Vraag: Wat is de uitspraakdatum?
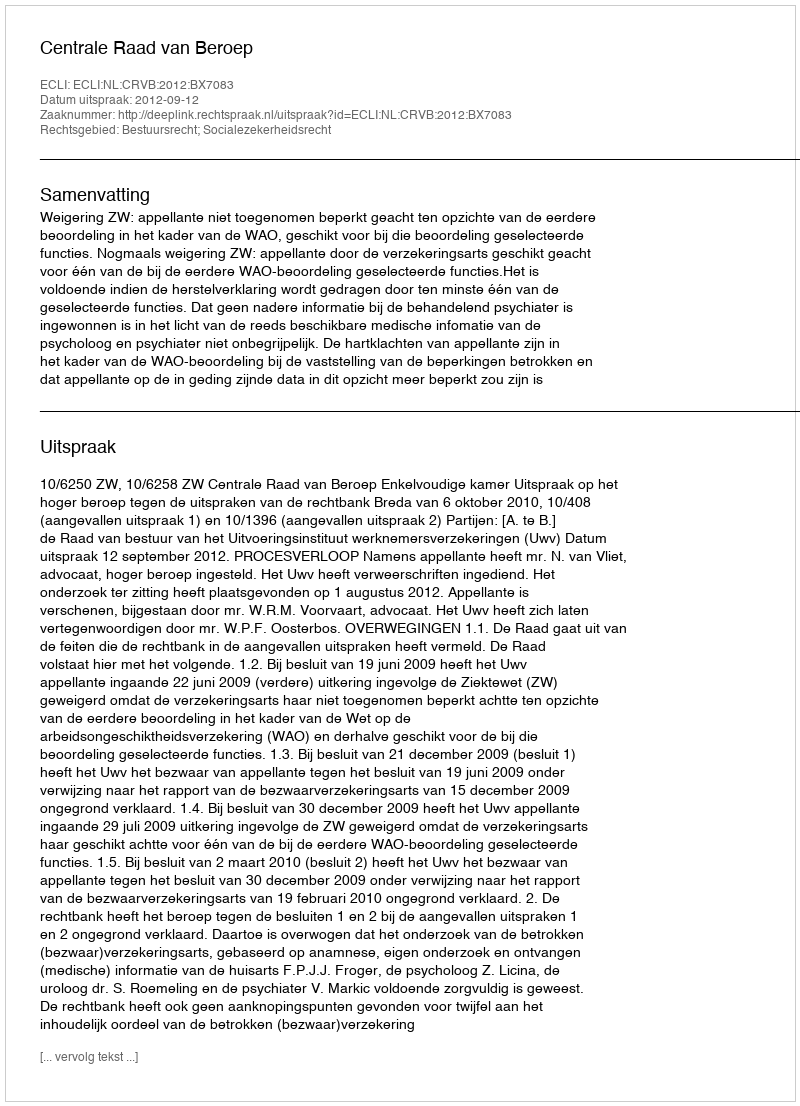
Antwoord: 2012-09-12